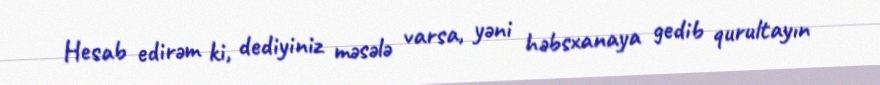
Hesab edirəm ki, dediyiniz məsələ varsa, yəni həbsxanaya gedib qurultayın